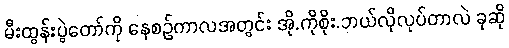
မီးထွန်းပွဲတော်ကို နေစဉ်ကာလအတွင်း အို.ကိုစိုး.ဘယ်လိုလုပ်တာလဲ ခုဆို